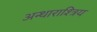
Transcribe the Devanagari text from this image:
अन्थाराश्त्रिय